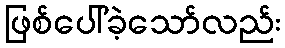
ဖြစ်ပေါ်ခဲ့သော်လည်း